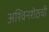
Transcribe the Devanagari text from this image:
अश्विनशेठची